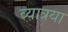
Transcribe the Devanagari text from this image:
व्यात्रया